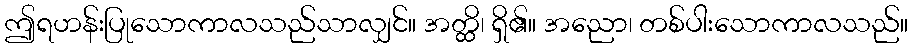
ဤရဟန်းပြုသောကာလသည်သာလျှင်။ အတ္ထိ၊ ရှိ၏။ အညော၊ တစ်ပါးသောကာလသည်။